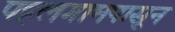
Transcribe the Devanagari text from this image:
पहलगामपासून